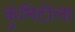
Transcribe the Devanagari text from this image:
कुंभिटोला